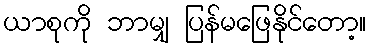
ယာစုကို ဘာမျှ ပြန်မဖြေနိုင်တော့။